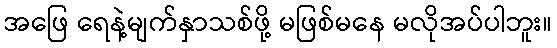
အဖြေ ရေနဲ့မျက်နှာသစ်ဖို့ မဖြစ်မနေ မလိုအပ်ပါဘူး။